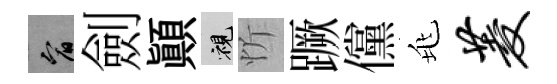
宥劍顚視忻蹶儻兆菱